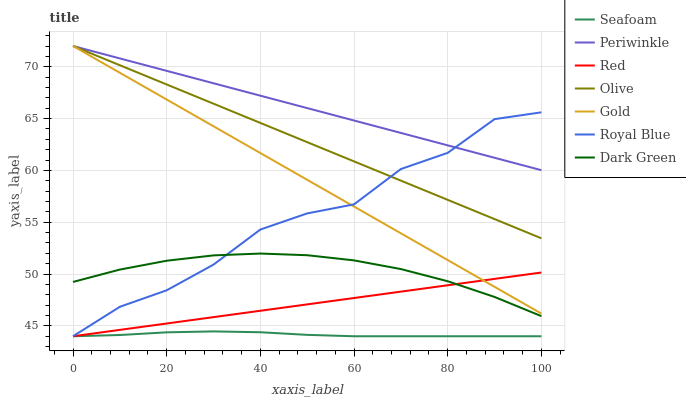
| xaxis_label | Seafoam | Periwinkle | Red | Olive | Gold | Royal Blue | Dark Green |
 | --- | --- | --- | --- | --- | --- | --- | --- |
 | 0 | 44 | 72 | 44 | 72 | 72 | 44 | 49.2 |
 | 10 | 44.1 | 70.8 | 44.6 | 70.1 | 69.4 | 46.8 | 50.4 |
 | 20 | 44.4 | 69.6 | 45.2 | 68.3 | 66.8 | 48.4 | 51.3 |
 | 30 | 44.5 | 68.4 | 45.8 | 66.4 | 64.3 | 50.9 | 51.8 |
 | 40 | 44.4 | 67.2 | 46.5 | 64.6 | 61.7 | 54.3 | 52 |
 | 50 | 44.1 | 66 | 47.1 | 62.7 | 59.1 | 55.9 | 51.8 |
 | 60 | 44 | 64.8 | 47.7 | 60.9 | 56.5 | 56.7 | 51.3 |
 | 70 | 44 | 63.6 | 48.3 | 59 | 53.9 | 60.1 | 50.5 |
 | 80 | 44 | 62.4 | 48.9 | 57.2 | 51.3 | 61.7 | 49.3 |
 | 90 | 44 | 61.2 | 49.5 | 55.3 | 48.8 | 64.9 | 47.8 |
 | 100 | 44 | 60 | 50.1 | 53.4 | 46.2 | 65.6 | 45.9 |